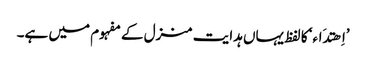
’اِھتدَاء‘ کا لفظ یہاں ہدایت منزل کے مفہوم میں ہے۔